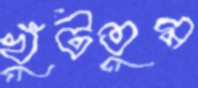
খুঁটতুম